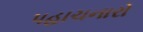
પહાચનારો